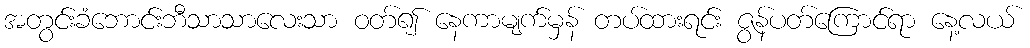
အတွင်းခံဘောင်းဘီသာသာလေးသာ ဝတ်၍ နေကာမျက်မှန် တပ်ထားရင်း ဇွန်ပတ်ကြောင်ရာ နေ့လယ်